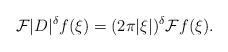
LaTeX: \begin{align*} \mathcal{F}|D|^{\delta}f(\xi)=(2\pi |\xi|)^{\delta}\mathcal{F}f(\xi).\end{align*}